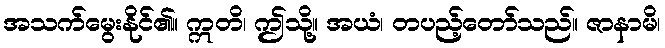
အသက်မွေးနိုင်၏။ ဣတိ၊ ဤသို့။ အယံ၊ တပည့်တော်သည်။ ဇာနာမိ၊